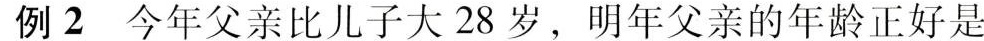
例2 今年父亲比儿子大 28 岁，明年父亲的年龄正好是